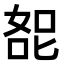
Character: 㖲